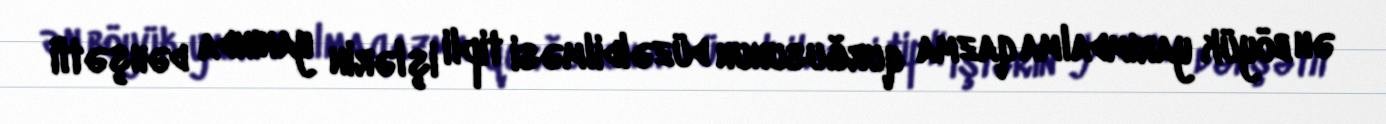
ən böyük yarımdalma qazma qurğusunun düzəldilməsi tipli işlərin yanında dəhşətli